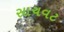
સાચવટ